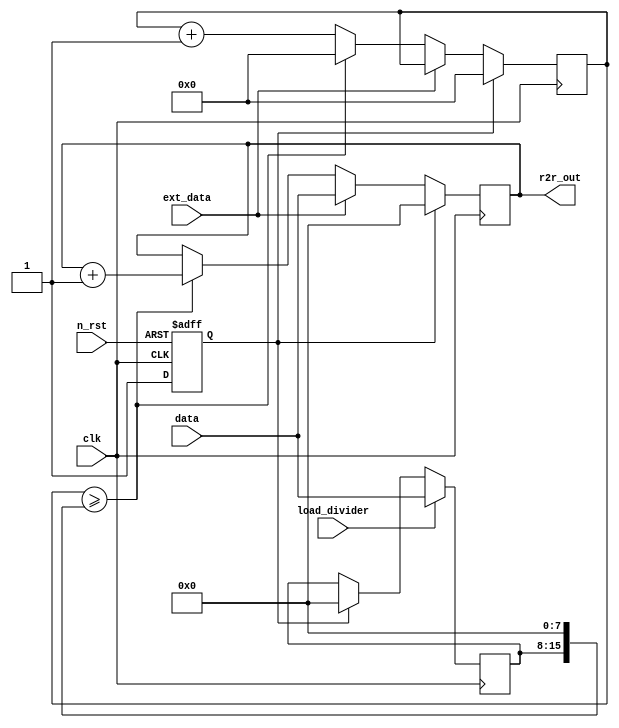
`default_nettype none
module r2r_dac_control (
    input wire clk,                 // expect a 10M clock
    input wire n_rst,
    input wire ext_data,            // if this is high, then DAC data comes from ui_in[7:0]
    input wire [7:0] data,          // connect to ui_in[7:0]
    input wire load_divider,        // load value set on data to the clock divider
    output reg [7:0] r2r_out        // 8 bit out to the R2R DAC
    );

    reg rst;
    reg [7:0] divider;
    reg [15:0] counter;

    initial begin
        $dumpfile ("r2r_dac_control.vcd");
        $dumpvars (0, r2r_dac_control);
    end

    // reset handling
    always @(posedge clk or posedge n_rst) begin
        if(n_rst)
            rst <= 1'b0;
        else
            rst <= 1'b1;
    end

    // load divider
    always @(posedge clk) begin
        if(rst)
            divider <= 0;
        if(load_divider)
            divider <= data;
    end

    // counter and r2r output
    always @(posedge clk) begin
        if(rst) begin
            counter <= 0;
            r2r_out <= 0;
        end else if(ext_data)
            r2r_out <= data;
        else begin
        /* verilator lint_off WIDTHEXPAND */
            if(counter >= (divider << 8)) begin
        /* lint_on */
                counter <= 0;
                r2r_out <= r2r_out + 1;
            end else 
                counter <= counter + 1;
        end
    end

endmodule